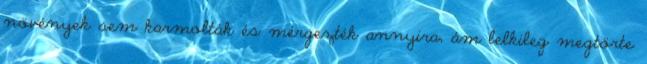
növények sem karmolták és mérgezték annyira, ám lelkileg megtörte